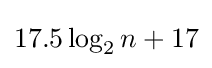
{\textstyle 17.5\log _{2}n+17}